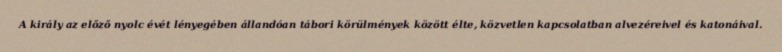
A király az előző nyolc évét lényegében állandóan tábori körülmények között élte, közvetlen kapcsolatban alvezéreivel és katonáival.